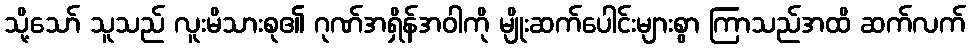
သို့သော် သူသည် လူးမိသားစု၏ ဂုဏ်အရှိန်အဝါကို မျိုးဆက်ပေါင်းများစွာ ကြာသည်အထိ ဆက်လက်